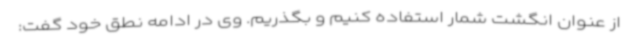
از عنوان انگشت شمار استفاده کنیم و بگذریم. وی در ادامه نطق خود گفت: